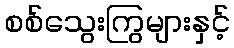
စစ်သွေးကြွများနှင့်